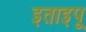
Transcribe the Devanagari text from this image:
इताइपू